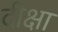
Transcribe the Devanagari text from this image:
दीक्षा